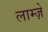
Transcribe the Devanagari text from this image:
लाम्ज़े